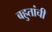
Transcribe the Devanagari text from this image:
बहुतांची